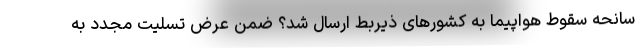
سانحه سقوط هواپیما به کشورهای ذیربط ارسال شد؟ ضمن عرض تسلیت مجدد به